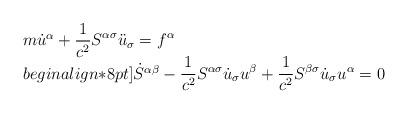
LaTeX: \begin{align*}\begin{array}{ll} m\dot{u}^\alpha+\displaystyle\frac{1}{c^2}S^{\alpha\sigma} \ddot{u}_{\sigma}=f^\alpha \\begin{align*}8pt] \dot{S}^{\alpha\beta}- \displaystyle\frac{1}{c^2}S^{\alpha\sigma} \dot{u}_{\sigma}u^\beta + \displaystyle\frac{1}{c^2}S^{\beta\sigma}\dot{u}_{\sigma}u^\alpha =0 \end{array} \end{align*}